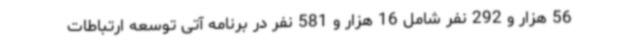
56 هزار و 292 نفر شامل 16 هزار و 581 نفر در برنامه آتی توسعه ارتباطات